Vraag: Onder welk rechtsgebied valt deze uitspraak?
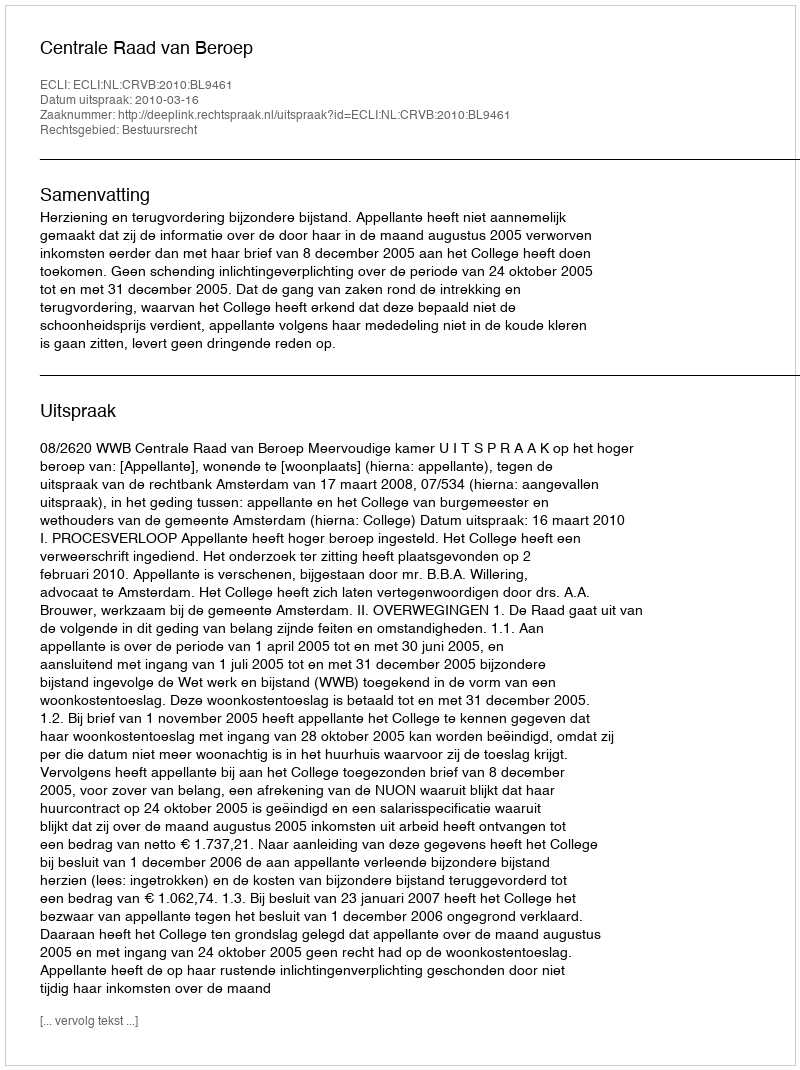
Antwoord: Bestuursrecht